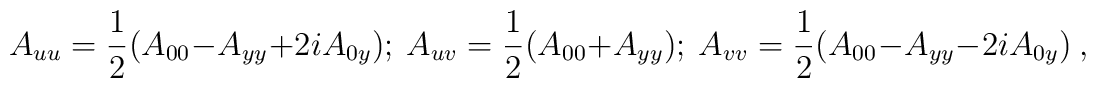
A_{uu}={1\over 2}(A_{00}-A_{yy}+2i A_{0y}); ~A_{uv}={1\over 2}(A_{00}+A_{yy});~A_{vv}={1\over 2}(A_{00}-A_{yy}-2i A_{0y})~,